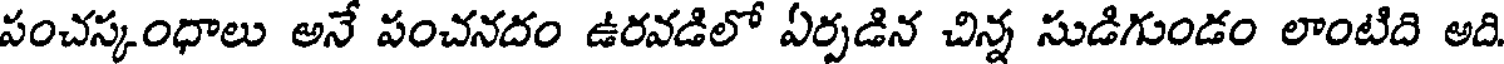
పంచస్కంధాలు అనే పంచనదం ఉరవడిలో ఏర్పడిన చిన్న సుడిగుండం లాంటిది అది